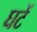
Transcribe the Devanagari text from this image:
घटें